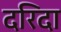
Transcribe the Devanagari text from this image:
दरिदा